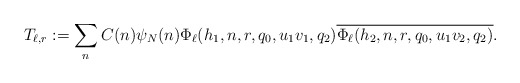
\begin{align*}T_{\ell,r} :=\sum_n C(n)\psi_N(n) \Phi_{\ell}(h_1,n, r,q_0,u_1v_1, q_2)\overline{ \Phi_{\ell}(h_2,n, r,q_0,u_1v_2,q_2)}.\end{align*}